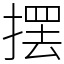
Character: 摆